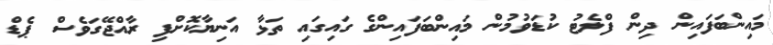
މައިންބަފައިން ދިން ފްލެޓު ކުޑަވުމުން މައިންބަފައިންގެ ގައިގައި ތަޅާ އަނިޔާކޮށްފި ރާއްޖޭގަވެސް ޕެޑް